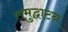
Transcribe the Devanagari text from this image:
समुद्घाटन